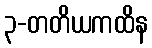
၃-တတိယကထိန